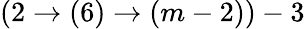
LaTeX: (2\rightarrow(6)\rightarrow(m-2))-3